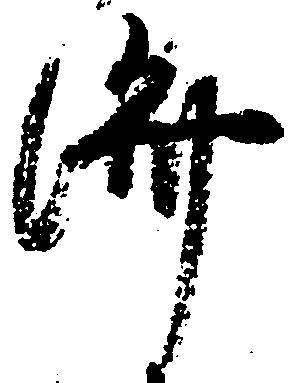
済